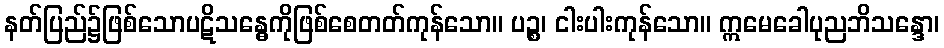
နတ်ပြည်၌ဖြစ်သောပဋိသန္ဓေကိုဖြစ်စေတတ်ကုန်သော။ ပဉ္စ၊ ငါးပါးကုန်သော။ ဣမေခေါပုညဘိသန္ဒော၊